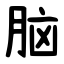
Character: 脑